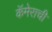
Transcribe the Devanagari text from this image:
कॅमेराची